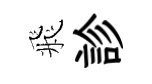
飛診